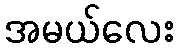
အမယ်လေး